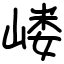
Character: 嵝